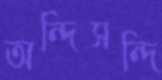
অন্দিসন্দি